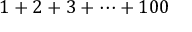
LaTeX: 1 + 2 + 3 + \cdots + 1 0 0